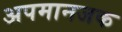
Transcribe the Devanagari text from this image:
अपमानजक